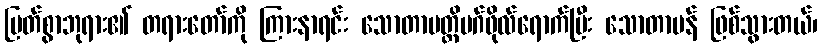
မြတ်စွာဘုရား၏ တရားတော်ကို ကြားနာရင်း သောတာပတ္တိမဂ်ဖိုလ်ရောက်ပြီး သောတာပန် ဖြစ်သွားတယ်၊